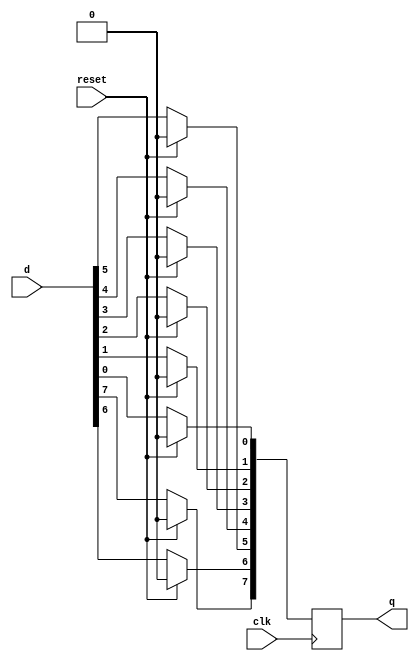
module top_module (
    input clk,
    input reset,            // Synchronous reset
    input [7:0] d,
    output [7:0] q
);
        integer i;
    
    always @(posedge clk)
        if(reset) q <= 8'b0;
    else
        begin
            for(i=0; i<8; i++)
                q[i] <= d[i];    
            
        end
    

endmodule